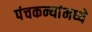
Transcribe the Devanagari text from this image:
पंचकन्यांमध्ये